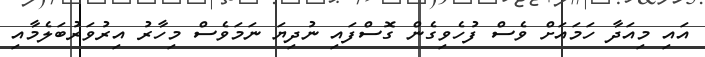
އައި މިއަދާ ހަމައަށް ވެސް ފުހެވިގެން ގޮސްފައި ނުދިޔަ ނަމަވެސް މިހާރު އިރުވަރުބަލެމާއި